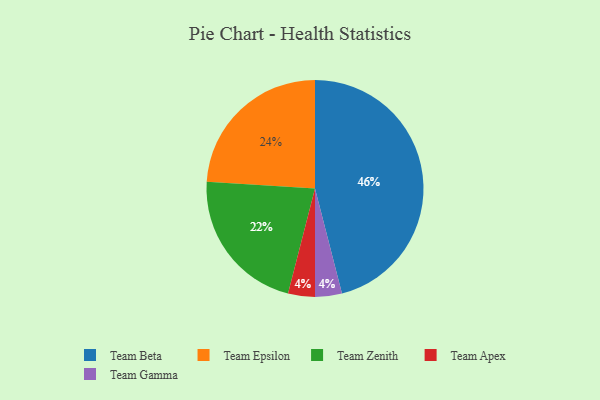
{"axis": {"x": "Category", "y": "Percentage"}, "legend": ["Team Apex", "Team Beta", "Team Epsilon", "Team Gamma", "Team Zenith"], "data": [{"x": "Team Apex", "y": 4, "type": "Team Apex"}, {"x": "Team Zenith", "y": 22, "type": "Team Zenith"}, {"x": "Team Gamma", "y": 4, "type": "Team Gamma"}, {"x": "Team Beta", "y": 46, "type": "Team Beta"}, {"x": "Team Epsilon", "y": 24, "type": "Team Epsilon"}]}